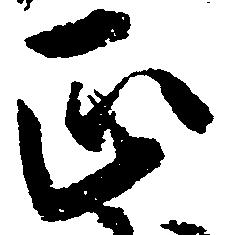
正